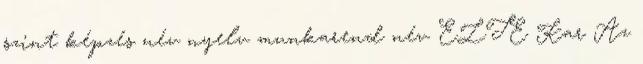
szint képzés név nyelv munkarend név ELTE Kar Az